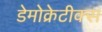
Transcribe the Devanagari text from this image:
डेमोक्रेटीक्स